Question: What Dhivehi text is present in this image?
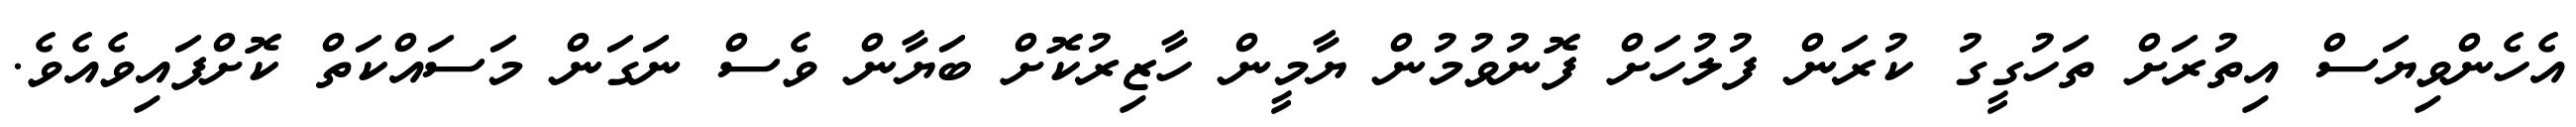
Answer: އެހެންވިޔަސް އިތުރަށް ތަހުގީގު ކުރަން ފުލުހަށް ފޮނުވުމުން ޔާމީން ހާޒިރުކޮށް ބަޔާން ވެސް ނަގަން މަސައްކަތް ކޮށްފައިވެއެވެ.